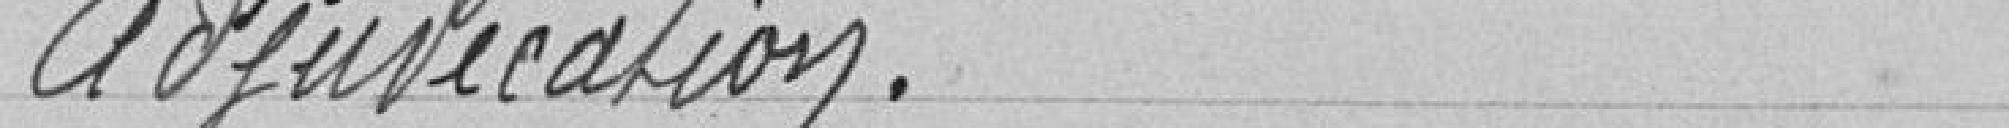
Adjudication.